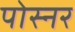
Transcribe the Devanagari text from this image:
पोस्‍नर